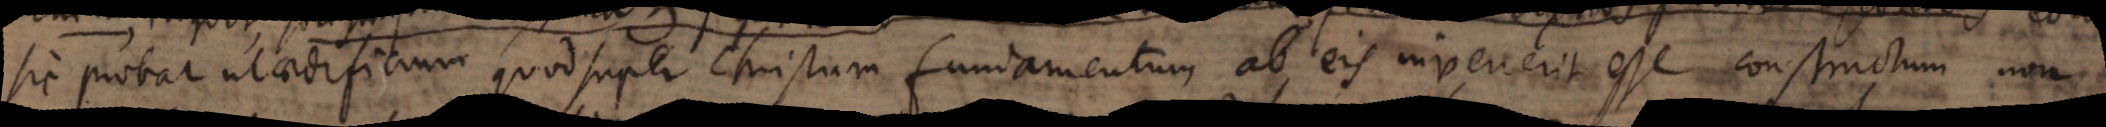
sic probat ut aedificium quod super Christum fundamentum ab eis invenerit esse constructum non